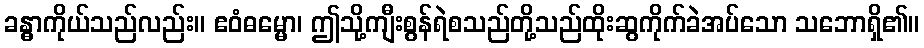
ခန္ဓာကိုယ်သည်လည်း။ ဧဝံဓမ္မော၊ ဤသို့ကျီးစွန်ရဲစသည်တို့သည်ထိုးဆွကိုက်ခဲအပ်သော သဘောရှိ၏။